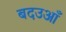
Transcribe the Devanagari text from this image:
बदउआँ